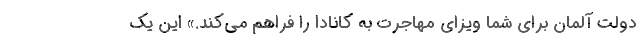
دولت آلمان برای شما ویزای مهاجرت به کانادا را فراهم می‌کند.» این یک